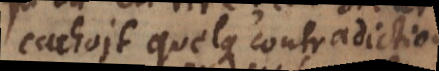
cachoit quelque contradiction